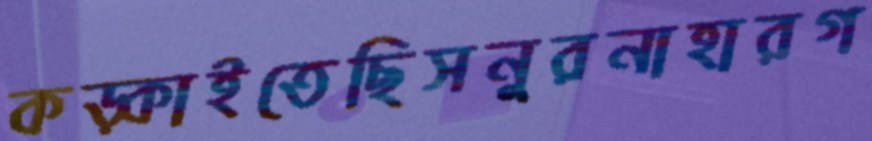
কড়্‌কাইতেছিসনুরনাহারগ